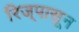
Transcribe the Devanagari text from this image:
रिज्‌पासून